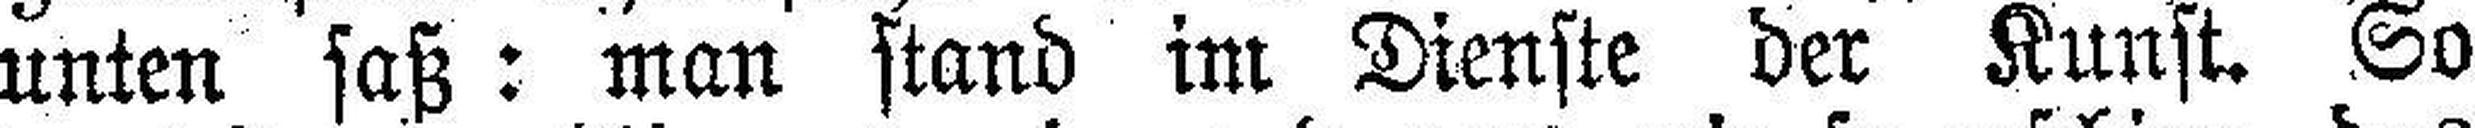
unten saß: man stand im Dienste der Kunst. So